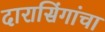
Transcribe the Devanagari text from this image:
दारासिंगांचा